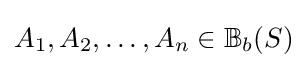
A_{1},A_{2},\ldots ,A_{n}\in \mathbb {B} _{b}(S)